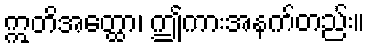
ဣတိအတ္ထော၊ ဤကားအနက်တည်း။